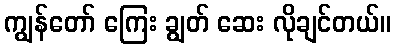
ကျွန်တော် ကြေး ချွတ် ဆေး လိုချင်တယ်။